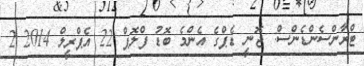
ޓްރާންސެންޑެންސް: ޖޮނީ ޑެޕްގެ އެންމެ ބޮޑު ފްލޮޕް 22 އެޕްރީލް 2014 2